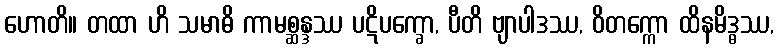
ဟောတိ။ တထာ ဟိ သမာဓိ ကာမစ္ဆန္ဒဿ ပဋိပက္ခော, ပီတိ ဗျာပါဒဿ, ဝိတက္ကော ထိနမိဒ္ဓဿ,